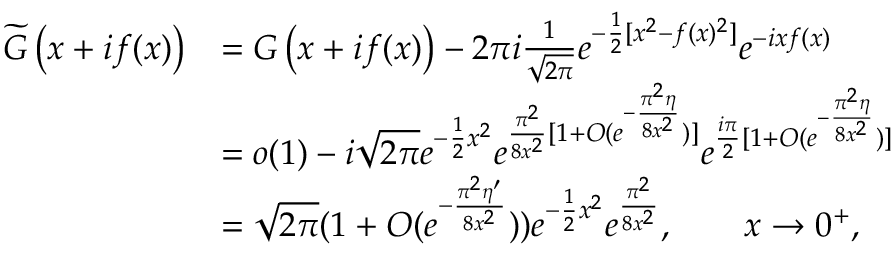
\begin{array} { r l } { \widetilde { G } \left( x + i f ( x ) \right) } & { = G \left( x + i f ( x ) \right) - 2 \pi i \frac { 1 } { \sqrt { 2 \pi } } e ^ { - \frac { 1 } { 2 } [ x ^ { 2 } - f ( x ) ^ { 2 } ] } e ^ { - i x f ( x ) } } \\ & { = o ( 1 ) - i \sqrt { 2 \pi } e ^ { - \frac 1 { 2 } x ^ { 2 } } e ^ { \frac { \pi ^ { 2 } } { 8 x ^ { 2 } } [ 1 + O ( e ^ { - \frac { \pi ^ { 2 } \eta } { 8 x ^ { 2 } } } ) ] } e ^ { \frac { i \pi } { 2 } [ 1 + O ( e ^ { - \frac { \pi ^ { 2 } \eta } { 8 x ^ { 2 } } } ) ] } } \\ & { = \sqrt { 2 \pi } ( 1 + O ( e ^ { - \frac { \pi ^ { 2 } \eta ^ { \prime } } { 8 x ^ { 2 } } } ) ) e ^ { - \frac 1 { 2 } x ^ { 2 } } e ^ { \frac { \pi ^ { 2 } } { 8 x ^ { 2 } } } , \qquad x \to 0 ^ { + } , } \end{array}